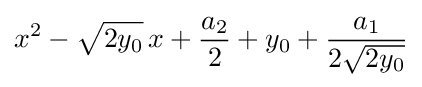
x^{2}-{\sqrt {2y_{0}}}\,x+{\frac {a_{2}}{2}}+y_{0}+{\frac {a_{1}}{2{\sqrt {2y_{0}}}}}